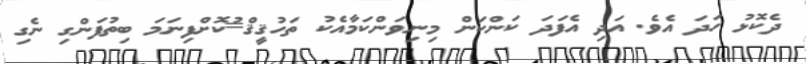
ދެކޮޅު ހަދަ އެވެ. އަދި އެފަދަ ކަންކަން މިނިވަންކަމާއެކު ތަހުޤީޤް=ުކޮށްފިނަމަ ބިތުފަންގި ނެގި